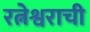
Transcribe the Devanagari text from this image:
रत्नेश्वराची